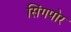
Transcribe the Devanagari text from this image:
सिंगपोर